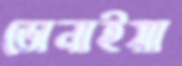
ডোনাইয়া